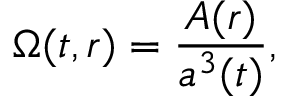
\Omega ( t , r ) = \frac { A ( r ) } { a ^ { 3 } ( t ) } ,